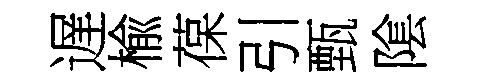
遅楡葆引甄隂